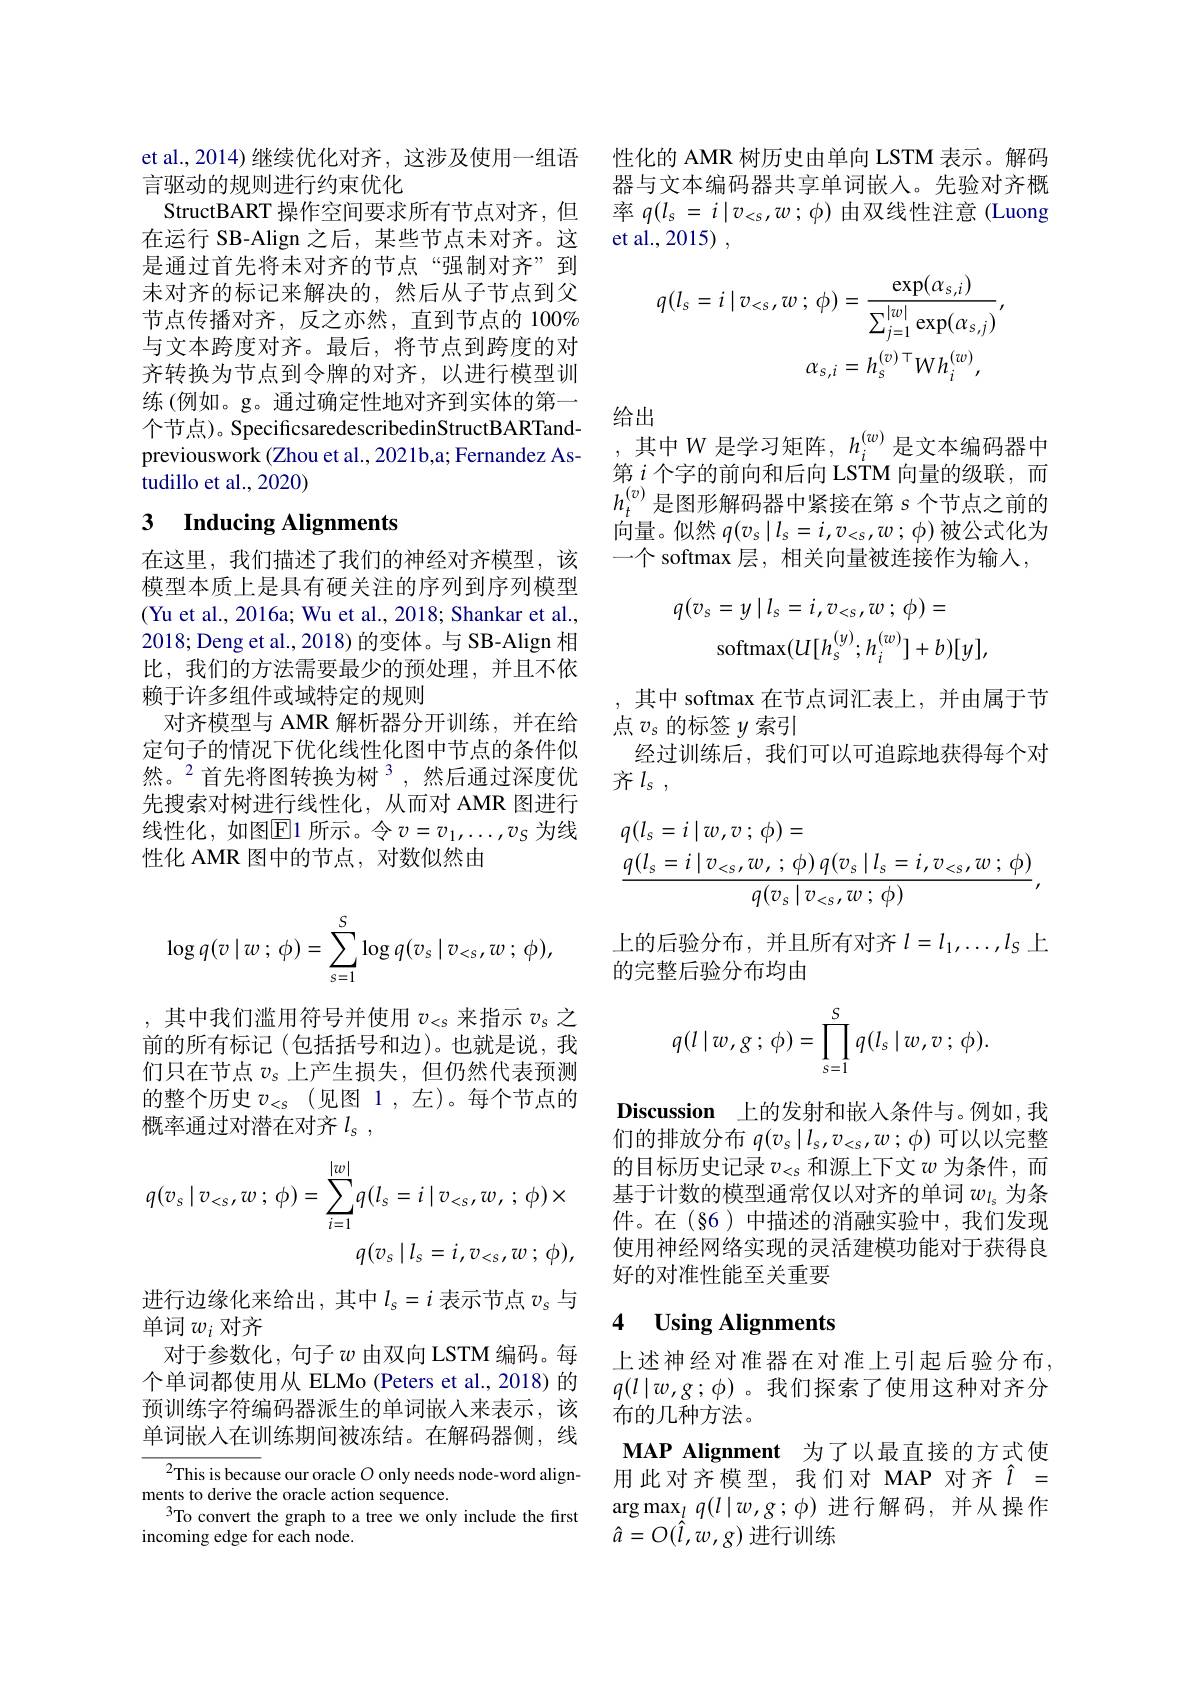
et al.,2014)继续优化对齐，这涉及使用一组语
言驱动的规则进行约束优化
StructBART 操作空间要求所有节点对齐，但在运行 SB-Align 之后，某些节点未对齐。这是通过首先将未对齐的节点“强制对齐”到未对齐的标记来解决的，然后从子节点到父节点传播对齐，反之亦然，直到节点的 100% 与文本跨度对齐。最后，将节点到跨度的对齐转换为节点到令牌的对齐，以进行模型训练 (例如。g。通过确定性地对齐到实体的第一个节点)。SpecificsaredescribedinStructBARTandpreviouswork (Zhou et al., 2021b,a; Fernandez Astudillo et al., 2020)

# 3 Inducing Alignments

在这里，我们描述了我们的神经对齐模型，该模型本质上是具有硬关注的序列到序列模型(Yu et al., 2016a; Wu et al., 2018; Shankar et al., 2018; Deng et al., 2018) 的变体。与 SB-Align 相比，我们的方法需要最少的预处理，并且不依赖于许多组件或域特定的规则
对齐模型与 AMR 解析器分开训练，并在给定句子的情况下优化线性化图中节点的条件似然。$^{2}$首先将图转换为树$^{3}$,然后通过深度优先搜索对树进行线性化，从而对 AMR 图进行线性化，如图$\overline{\mathrm{E}}$1 所示。令 $v=v_1,\ldots,v_S$ 为线性化 AMR 图中的节点，对数似然由
$$\log q(v\mid w\:;\:\phi)=\sum_{s=1}^{S}\log q(v_{s}\mid v_{<s},w\:;\:\phi),$$
,其中我们滥用符号并使用$v_<s$来指示$v_s$之前的所有标记(包括括号和边)。也就是说，我们只在节点$v_s$上产生损失，但仍然代表预测的整个历史$v_<s$(见图 1,左)。每个节点的概率通过对潜在对齐$l_\mathrm{s}$ ,
$$q(v_{s}\mid v_{<s},w\:;\:\phi)=\sum_{i=1}^{|w|}q(l_{s}=i\mid v_{<s},w,\:;\:\phi)\times\\q(v_{s}\mid l_{s}=i,v_{<s},w\:;\:\phi),$$
进行边缘化来给出，其中$l_s=i$表示节点$v_s$与
单词$w_i$对齐
对于参数化，句子$w$ 由双向 LSTM 编码。每个单词都使用从 ELMo (Peters et al.,2018) 的预训练字符编码器派生的单词嵌人来表示，该单词嵌入在训练期间被冻结。在解码器侧，线$^{2}$This is because our oracle $O$ only needs node-word align-
ments to derive the oracle action sequence.
$^{3}$To convert the graph to a tree we only include the first
incoming edge for each node.

性化的 AMR 树历史由单向 LSTM 表示。解码器与文本编码器共享单词嵌入。先验对齐概率$q(l_s=i\mid v_{<s},w;\phi)$由双线性注意 (Luong et al., 2015) ,
$$q(l_{s}=i\mid v_{<s},w\:;\:\phi)=\frac{\exp(\alpha_{s,i})}{\sum_{j=1}^{|w|}\exp(\alpha_{s,j})},\\\alpha_{s,i}=h_{s}^{(v)\top}Wh_{i}^{(w)},$$
给出
,其中 W 是学习矩阵，$h_i^{(w)}$是文本编码器中

第$i$个字的前向和后向 LSTM 向量的级联，而$h_t^{(v)}$是图形解码器中紧接在第 $s$ 个节点之前的向量。似然$q(v_s\mid l_s=i,v_{<s},w;\phi)$被公式化为一个 softmax 层，相关向量被连接作为输入，
$$q(v_{s}=y\mid l_{s}=i,v_{<s},w\:;\:\phi)=\\\mathrm{softmax}(U[h_{s}^{(y)};h_{i}^{(w)}]+b)[y],$$
其中 softmax 在节点词汇表上，并由属于节
点$v_s$的标签$y$索引
经过训练后，我们可以可追踪地获得每个对
齐$l_\mathrm{s}$ ,
$$\begin{aligned}&q(l_{s}=i\mid w,v\:;\:\phi)=\\&\frac{q(l_{s}=i\mid v_{<s},w,\:;\:\phi)\:q(v_{s}\mid l_{s}=i,v_{<s},w\:;\:\phi)}{q(v_{s}\mid v_{<s},w\:;\:\phi)},\end{aligned}$$
上的后验分布，并且所有对齐$l=l_1,\ldots,l_S$上

的完整后验分布均由
$$q(l\mid w,g\:;\:\phi)=\prod\limits_{s=1}^{S}q(l_s\mid w,v\:;\:\phi).$$
Discussion 上的发射和嵌人条件与。例如，我们的排放分布$q(v_s\mid l_s,v_{<s},w;\phi)$可以以完整的目标历史记录$v_<s$和源上下文$w$为条件，而基于计数的模型通常仅以对齐的单词$w_{l_s}$为条件。在(§6)中描述的消融实验中，我们发现使用神经网络实现的灵活建模功能对于获得良好的对准性能至关重要

### 4 $\textbf{Using Alignments}$

上述神经对准器在对准上引起后验分布， $q(l\mid w,g;\phi)$。我们探索了使用这种对齐分布的几种方法。
MAP Alignment 为了以最直接的方式使用此对齐模型，我们对 MAP 对齐$\hat{l}=$ $\arg\max_lq(l|w,g;\phi)$进行解码，并从操作$\hat{a}=O(\hat{l},w,g)\bar{\text{进行训练}}$